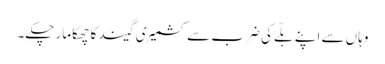
وہاں سے اپنے بلّے کی ضرب سے کشمیری گیند کا چھکا مار چکے۔